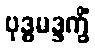
ဗုဒ္ဓမဒ္ဒက္ခိံ